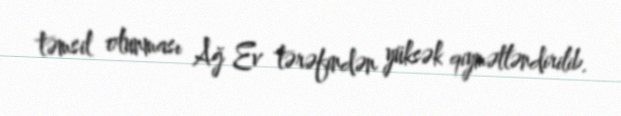
təmsil olunması Ağ Ev tərəfindən yüksək qiymətləndirilib.